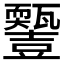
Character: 𤮵